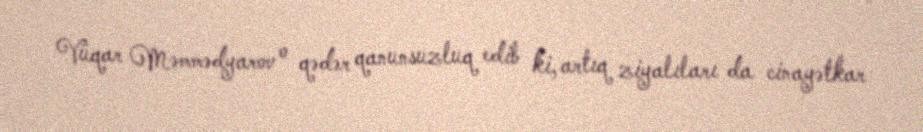
Vüqar Məmmədyarov o qədər qanunsuzluq edib ki, artıq ziyalıları da cinayətkar